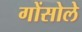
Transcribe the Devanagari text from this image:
गोंसोले